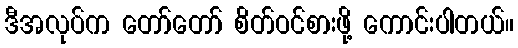
ဒီအလုပ်က တော်တော် စိတ်ဝင်စားဖို့ ကောင်းပါတယ်။